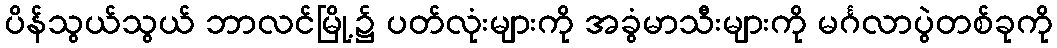
ပိန်သွယ်သွယ် ဘာလင်မြို့၌ ပတ်လုံးများကို အခွံမာသီးများကို မင်္ဂလာပွဲတစ်ခုကို